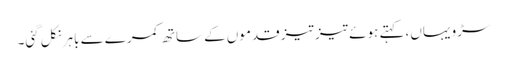
سڑو یہاں، کہتے ہوئے تیز تیز قدموں کے ساتھ کمرے سے باہر نکل گئی۔